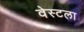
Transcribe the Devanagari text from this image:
वेस्टला